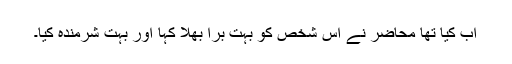
اب کیا تھا محاضر نے اس شخص کو بہت برا بھلا کہا اور بہت شرمندہ کیا۔